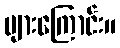
များကြောင်း။